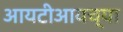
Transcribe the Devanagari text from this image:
आयटीआयच्या